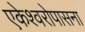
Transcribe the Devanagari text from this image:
एकेश्वरोपासना